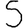
Digit: 5